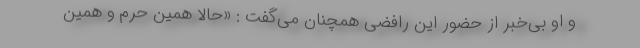
و او بی‌خبر از حضور این رافضی همچنان می‌گفت : «حالا همین حرم و همین